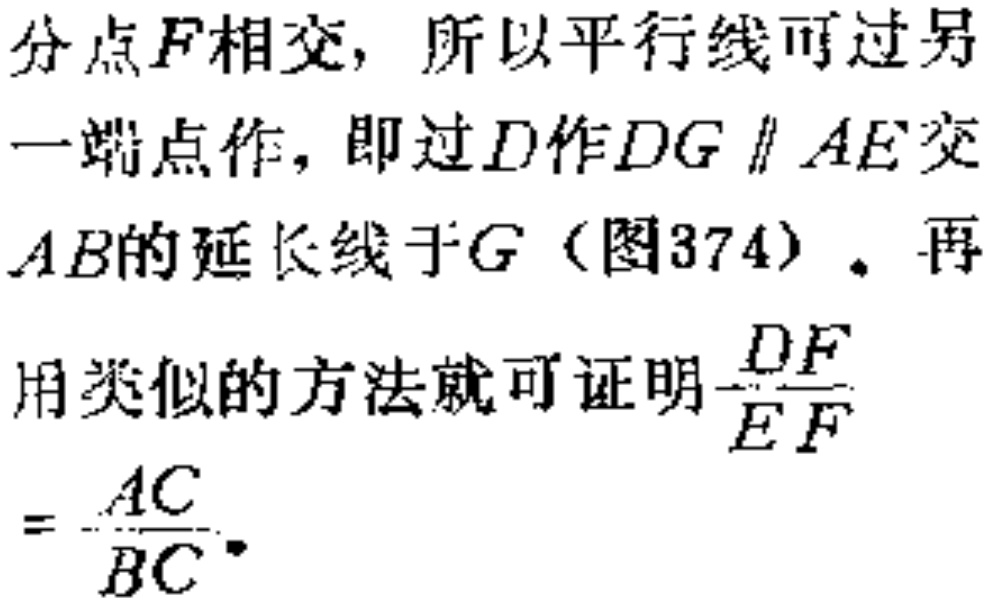
分点$F$相交，所以平行线可过另一端点作，即过$D$作$DG\parallel AE$交$AB$的延长线于$G$（图374）。再用类似的方法就可证明$\frac{DF}{EF}=\frac{AC}{BC}$。